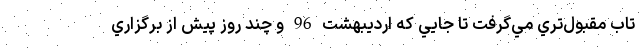
تاب مقبول‌تري مي‌گرفت تا جايي كه ارديبهشت 96 و چند روز پيش از برگزاري